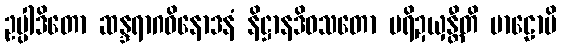
ဥပ္ပါဒိတော ဆန္ဒရာဂဝိနောဒနံ နိဋ္ဌာနဒိဝသတော ပရိဍယှန္တီတိ မာဠောပိ